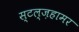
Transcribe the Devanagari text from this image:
स्टल्ज़हामर